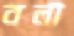
বলী